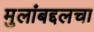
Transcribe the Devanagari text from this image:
मुलांबद्दलचा